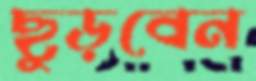
ছুড়বেন